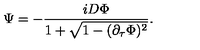
\Psi = - { \frac { i D \Phi } { 1 + \sqrt { 1 - ( \partial _ { \tau } \Phi ) ^ { 2 } } } } .